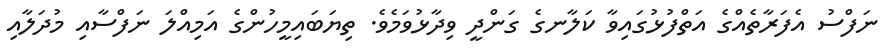
ނަފްސު އެފަރާތެއްގެ އަތްފުޅުގައިވާ ކަލާނގެ ގަންދީ ވިދާޅުވަމެވެ. ތިޔަބައިމީހުންގެ އަމިއްލަ ނަފްސާއި މުދަލާއި